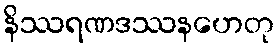
နိဿရဏဒဿနဟေတု